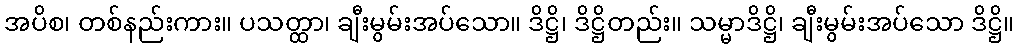
အပိစ၊ တစ်နည်းကား။ ပသတ္ထာ၊ ချီးမွမ်းအပ်သော။ ဒိဋ္ဌိ၊ ဒိဋ္ဌိတည်း။ သမ္မာဒိဋ္ဌိ၊ ချီးမွမ်းအပ်သော ဒိဋ္ဌိ။